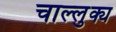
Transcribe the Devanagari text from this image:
चाल्लुक्य